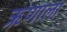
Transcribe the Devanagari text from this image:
ऋणाला